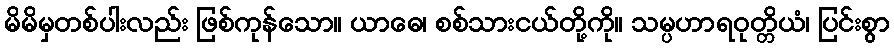
မိမိမှတစ်ပါးလည်း ဖြစ်ကုန်သော။ ယာဓေ၊ စစ်သားငယ်တို့ကို။ သမ္ပဟာရဝုတ္တိယံ၊ ပြင်းစွာ